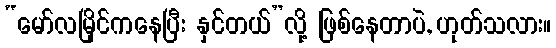
“မော်လမြိုင်ကနေပြီး နှင်တယ်”လို့ ဖြစ်နေတာပဲ, ဟုတ်သလား။